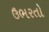
ઉભરતો